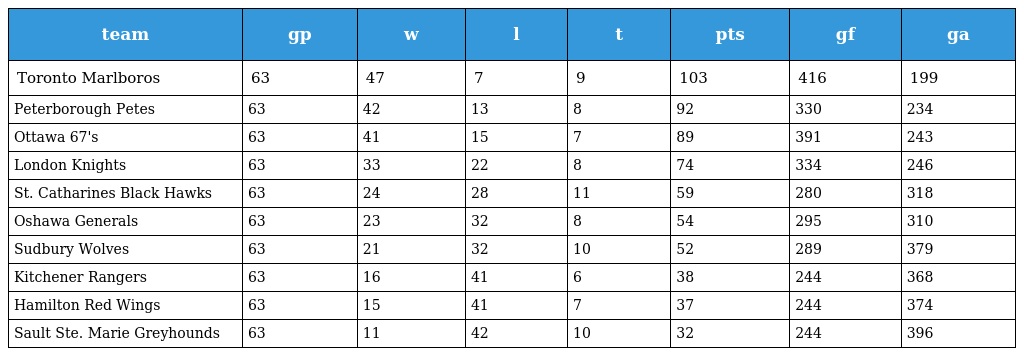
| team | gp | w | l | t | pts | gf | ga |
 | --- | --- | --- | --- | --- | --- | --- | --- |
 | Toronto Marlboros | 63 | 47 | 7 | 9 | 103 | 416 | 199 |
 | Peterborough Petes | 63 | 42 | 13 | 8 | 92 | 330 | 234 |
 | Ottawa 67's | 63 | 41 | 15 | 7 | 89 | 391 | 243 |
 | London Knights | 63 | 33 | 22 | 8 | 74 | 334 | 246 |
 | St. Catharines Black Hawks | 63 | 24 | 28 | 11 | 59 | 280 | 318 |
 | Oshawa Generals | 63 | 23 | 32 | 8 | 54 | 295 | 310 |
 | Sudbury Wolves | 63 | 21 | 32 | 10 | 52 | 289 | 379 |
 | Kitchener Rangers | 63 | 16 | 41 | 6 | 38 | 244 | 368 |
 | Hamilton Red Wings | 63 | 15 | 41 | 7 | 37 | 244 | 374 |
 | Sault Ste. Marie Greyhounds | 63 | 11 | 42 | 10 | 32 | 244 | 396 |